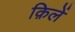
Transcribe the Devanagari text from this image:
क़िलें